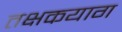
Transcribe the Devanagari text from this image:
तक्षकयाग